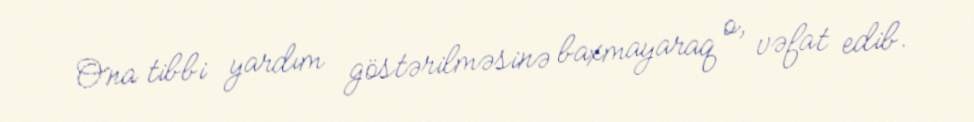
Ona tibbi yardım göstərilməsinə baxmayaraq o, vəfat edib.